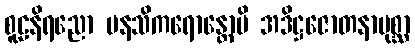
စူဠနိရညော မနသိကရောန္တောပိ အဒိဋ္ဌဇောတနာပုစ္ဆာ